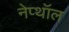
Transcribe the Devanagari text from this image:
नेप्थॉल